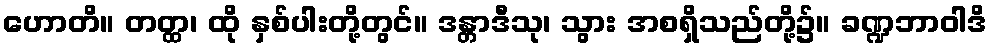
ဟောတိ။ တတ္ထ၊ ထို နှစ်ပါးတို့တွင်။ ဒန္တာဒီသု၊ သွား အစရှိသည်တို့၌။ ခဏ္ဍဘာဝါဒိ